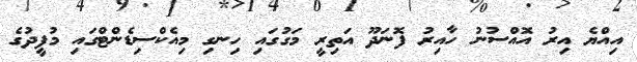
އިއްޔެ އިރު އޮއްސުނު ހާއިރު ފޮނަދޫ އަތިރީ މަގުގައި ހިނގި މިއެކްސިޑެންޓްގައި މުފީދުގެ